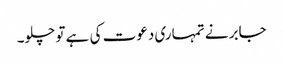
جابر نے تمہاری دعوت کی ہے تو چلو۔